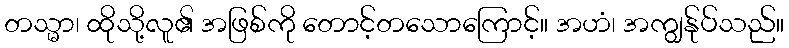
တသ္မာ၊ ထိုသို့လူ၏ အဖြစ်ကို တောင့်တသောကြောင့်။ အဟံ၊ အကျွန်ုပ်သည်။